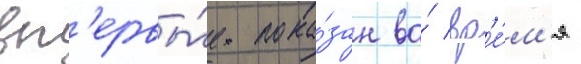
вп'ервы́е пока́зан во́ вр'е́м'я